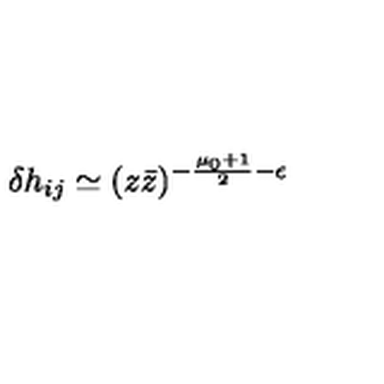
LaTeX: \delta h _ { i j } \simeq ( z \bar { z } ) ^ { - \frac { \mu _ { 0 } + 1 } { 2 } - \epsilon }